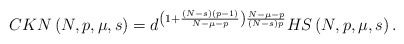
\begin{align*}CKN\left( N,p,\mu,s\right) =d^{\left( 1+\frac{\left( N-s\right) \left(p-1\right) }{N-\mu-p}\right) \frac{N-\mu-p}{\left( N-s\right) p}}HS\left(N,p,\mu,s\right) .\end{align*}